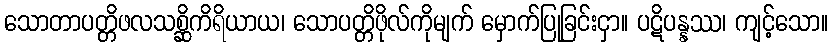
သောတာပတ္တိဖလသစ္ဆိကိရိယာယ၊ သောပတ္တိဖိုလ်ကိုမျက် မှောက်ပြုခြင်းငှာ။ ပဋိပန္နဿ၊ ကျင့်သော။